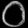
Digit: ၀